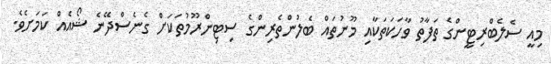
މިއީ ސެލެބްރިޓީންގެ ތަފާތު ވާހަކަތަކާއި މޫނުތައް ބެލުންތެރިންގެ ސިޓިންރޫމުތަކަށް ގެނެސްދޭނެ ޝޯއެއް ކަމަށެވެ.